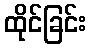
ထိုင်ခြင်း